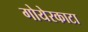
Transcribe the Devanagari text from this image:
गोयेरकाटा